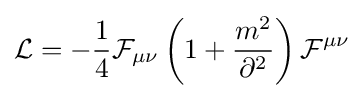
{\mathcal {L}}=-{\frac {1}{4}}{\mathcal {F}}_{\mu \nu }\left(1+{\frac {m^{2}}{\partial ^{2}}}\right){\mathcal {F}}^{\mu \nu }